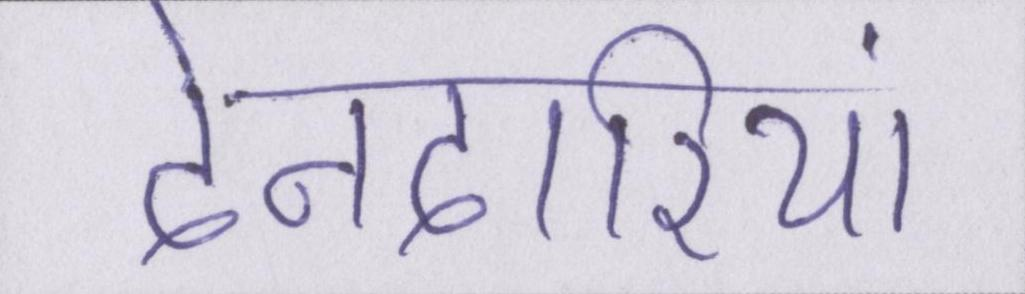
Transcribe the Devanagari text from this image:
देनदारियां